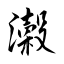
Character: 瀔